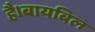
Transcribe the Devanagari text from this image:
है।बायबिल